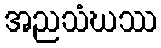
အညသံဃဿ